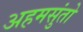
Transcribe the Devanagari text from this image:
अहमसुंतो